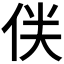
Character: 𠈫